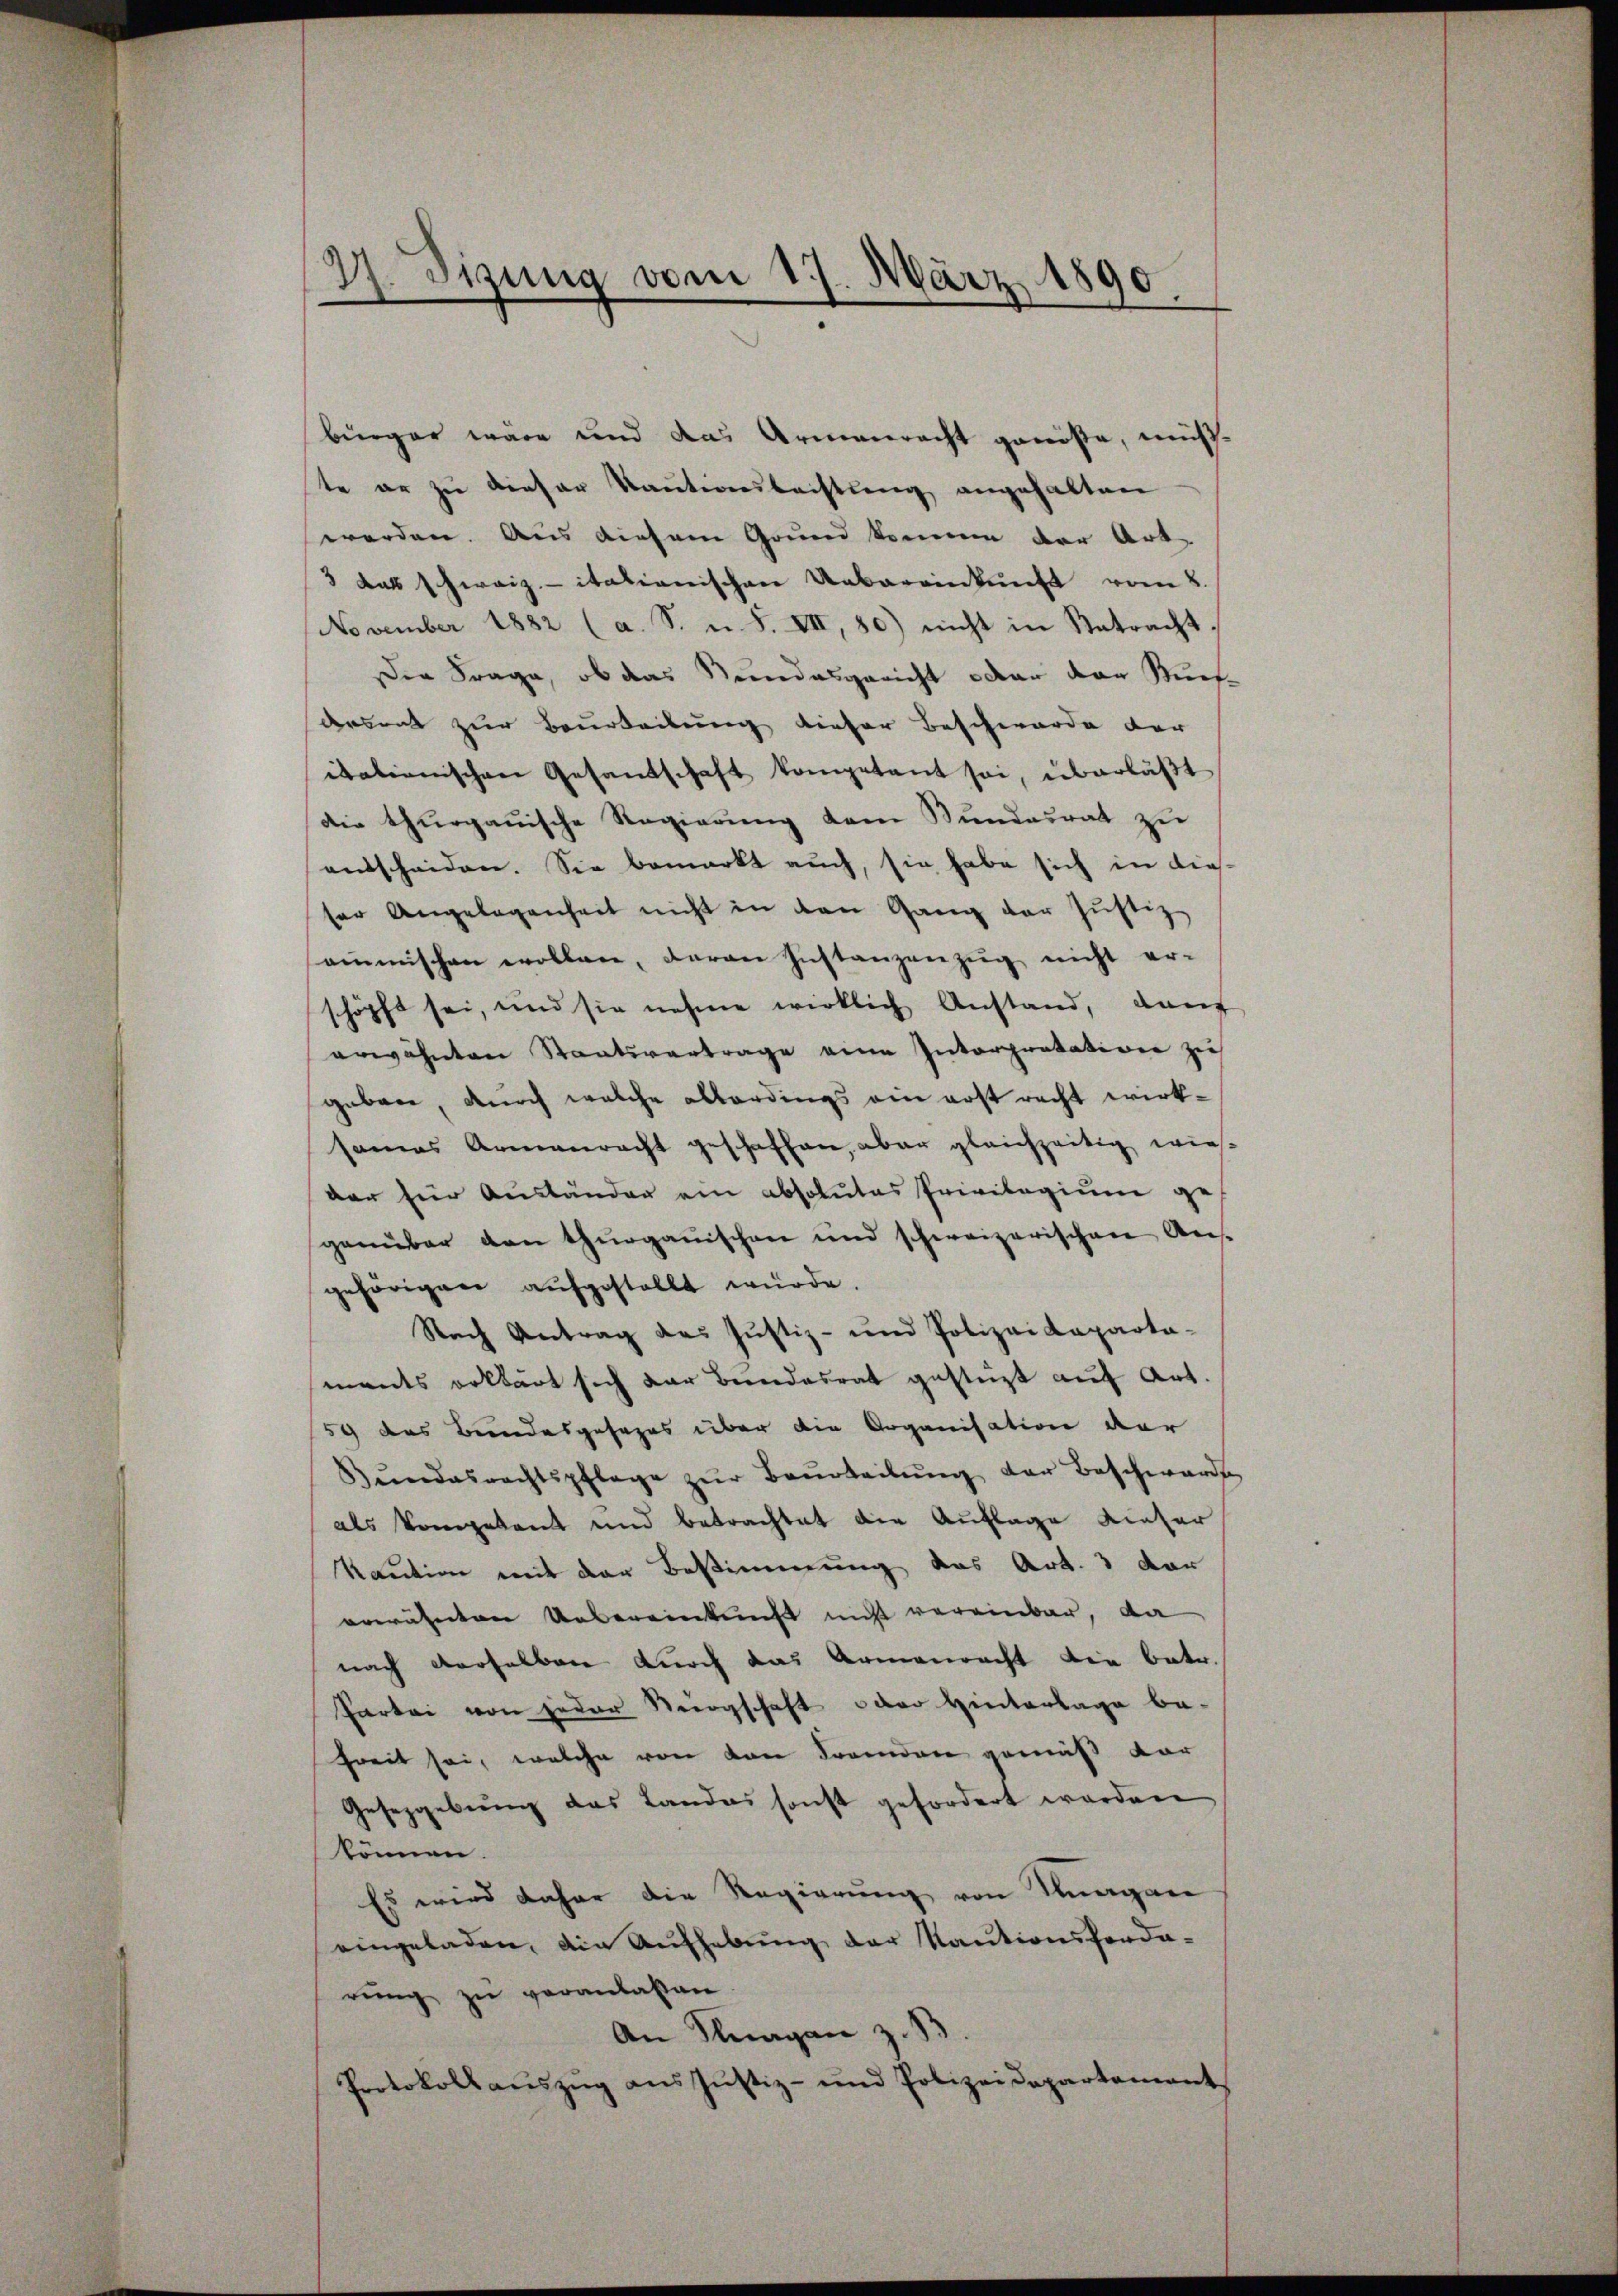
27. Sizung vom 17. März 1890

bürger wäre und das Armenrecht genösse, müss
te er zu dieser Kantiersbachtung angehalten
werden. Aus diesem Grund komme der Art-
3 das Schwaizitationischen Uebereinkunft vom 8.
November 1882 (a. S. u. S. VII, 80) nicht in Retracht.
Die Frage, ob das Stundesgericht oder der Künf-
derseit zur Beurteilung dieser Beschwerde der
italienischen Gesandschaft kompetent sei, überläßt
die thurgauische Regierung dem Bundesrat zu
entscheiden. Sie bemerkt auch, sie habe sich in diesser Angelegenheit nicht in den Gang der Justiz
ainmischen wollen, daran Instanzenzug nicht er-
schöpft sei, und sie nehme wirklich Anstand, dan
erwähnten Staatsvertrage eine Interpretation zu
geben, durch welche allerdings ein erst recht wirksamas Armenrecht geschaffen, aber gleichzeitig wie-
der hier Ausländer ein absolutes Privilegium ge-
genüber den thurgauischen und schweizerischen Ans
gehörigen aufgestellt wurde.
Nach Antrag das Justiz- und Polizeidepartaments erklärt sich der Beendesrat gestüzt auf Art.
59 das Bundesgesages über die Organisation der
Gŭndesrechtspflege zŭr Beurteilŭng der Beschward
als kompetent und betrachtet die Auflage dieser
Kaution mit der Bestimmung das Art. 3 der
erwähnten Uebereinkunft nicht vereinbar, da
nach derselben durch das Armenrecht die betr.
Partei von jeder Nergschaft oder Hinterlage be-
freit sei, welche von von Fremden gemäß dar
Gesetzgebung des Landas sonst gefordert werden
können.
Es wird daher die Regierung von Knagen
eingeladen, die Aufhebung der Kautionsforderung zu veranlassen
An Klagan z. B.
Protokoll aŭszŭg ans Jŭstiz- und Polizeidepartement